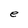
Character: e